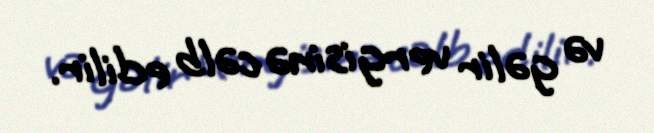
və gəlir vergisinə cəlb edilir.